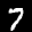
Label: 7